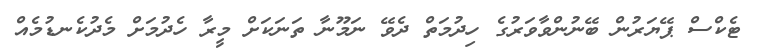
ޓެކްސް ޕޭޔަރުން ބޭނުންވާވަރުގެ ހިދުމަތް ދެވޭ ނަމޫނާ ތަނަކަށް މީރާ ހެދުމަށް މެދުކެނޑުމެއް